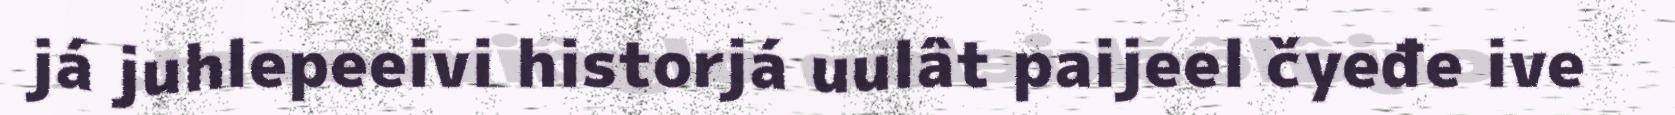
já juhlepeeivi historjá uulât paijeel čyeđe ive